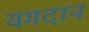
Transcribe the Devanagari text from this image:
यगदान